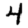
Digit: 4